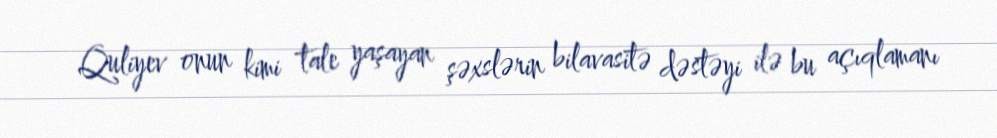
Quliyev onun kimi tale yaşayan şəxslərin bilavasitə dəstəyi ilə bu açıqlamanı